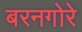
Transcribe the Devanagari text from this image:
बरनगोरे